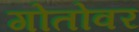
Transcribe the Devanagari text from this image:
गोतोवर